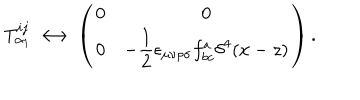
T _ { \alpha _ { 1 } } ^ { i j } \longleftrightarrow \left( \begin{array} { c c } { { 0 } } & { { 0 } } \\ { { 0 } } & { { { \displaystyle - \frac { 1 } { 2 } \epsilon _ { \mu \nu \rho \sigma } f _ { b c } ^ { a } \delta ^ { 4 } ( x - z ) } } } \\ \end{array} \right) .